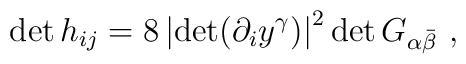
\det h_{ij} = 8\left|\det (\partial_i y^\gamma )\right|^2 \det G_{\alpha\bar\beta}\ ,